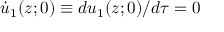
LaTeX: \dot { u } _ { 1 } ( z ; 0 ) \equiv d u _ { 1 } ( z ; 0 ) / d \tau = 0